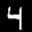
Label: 4